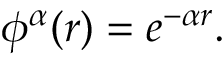
\phi ^ { \alpha } ( r ) = e ^ { - \alpha r } .